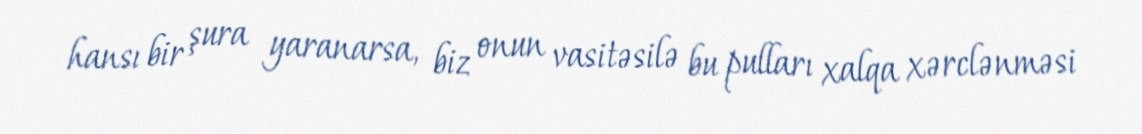
hansı bir şura yaranarsa, biz onun vasitəsilə bu pulları xalqa xərclənməsi